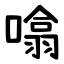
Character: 噏